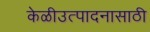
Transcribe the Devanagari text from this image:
केळीउत्पादनासाठी